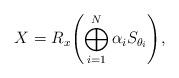
LaTeX: \begin{align*}X=R_x\Biggl(\bigoplus_{i=1}^N\alpha_i S_{\theta_i}\Biggr),\end{align*}